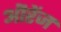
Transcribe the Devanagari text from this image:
ऒरेंज